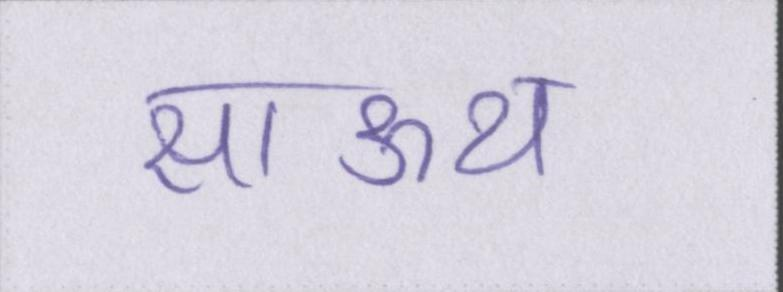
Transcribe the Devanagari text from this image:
साऊथ